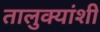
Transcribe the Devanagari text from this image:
तालुक्यांशी